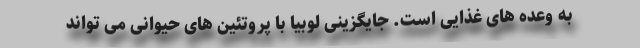
به وعده های غذایی است. جایگزینی لوبیا با پروتئین های حیوانی می تواند